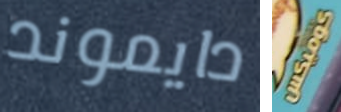
دايموند كوميكس